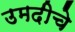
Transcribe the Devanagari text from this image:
उमदीचे